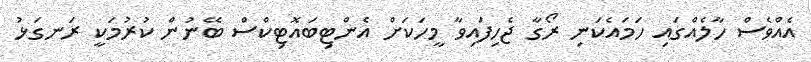
އެއްވެސް ހާލެއްގައި ހަމައެކަނި ރޯގާ ޖެހިފައިވާ މީހަކަށް އެންޓިބައޮޓިކްސް ބޭނުން ކުރުމަކީ ރަނގަޅު